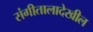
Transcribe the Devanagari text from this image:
संगीतालादेखील